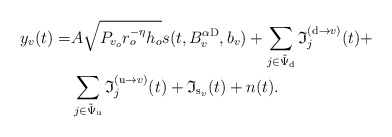
\begin{align*}\!\!\!\!\!\!\!\!\!\!\! y_{v}(t)= & A \sqrt{P_{v_o} r_o^{-\eta} h_o} s(t,B_{v}^{\alpha{\rm D}},b_{v}) + \sum_{j \in \tilde{\Psi}_{\rm d}} \mathfrak{I}^{({\rm d} \rightarrow v)}_{j}(t) + \\ & \sum_{j \in \tilde{\Psi}_{\rm u}} \mathfrak{I}^{({\rm u} \rightarrow v)}_{j}(t)+ \mathfrak{I}_{{\rm s}_{v}}(t) + n(t).\end{align*}